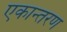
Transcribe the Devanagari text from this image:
एकान्तरण